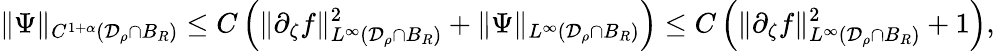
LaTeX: \| \Psi\| _{C^{1+\alpha}({\mathcal{D}_{\rho}\cap B_{R}})}\le C\left(\| \partial_{\zeta}f\| _{L^{\infty}({\mathcal{D}_{\rho}\cap B_{R}})}^{2}+\| \Psi\| _{L^{\infty}({\mathcal{D}_{\rho}\cap B_{R}})}\right)\le C\left(\| \partial_{\zeta}f\| _{L^{\infty}({\mathcal{D}_{\rho}\cap B_{R}})}^{2}+1\right),